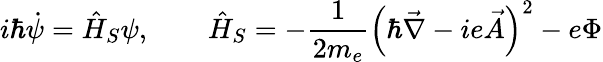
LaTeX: i\hbar\dot{\psi}=\hat{H}_{S}\psi,\qquad\hat{H}_{S}=-\frac{1}{2m_{e}}\left(\hbar\vec{\nabla}-ie\vec{A}\right)^{2}-e\Phi